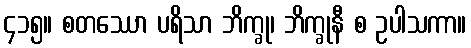
၄၁၅။ စတဿော ပရိသာ ဘိက္ခု၊ ဘိက္ခုနီ စ ဥပါသကာ။